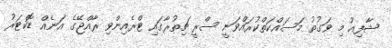
ޝާފިއު މި ވަގުތު މަސައްކަތްކުރައްވަނީ ސްރީ ޗިތުރާގައި ޓްރެއިންވި ރާއްޖޭގެ އަނެއް ޑޮކްޓަރު